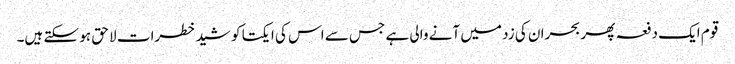
قوم ایک دفعہ پھر بحران کی زد میں آنے والی ہے جس سے اس کی ایکتا کو شید خطرات لا حق ہو سکتے ہیں۔